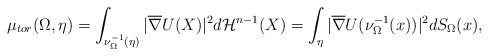
LaTeX: \begin{align*}\mu_{tor}(\Omega,\eta)=\int_{\nu^{-1}_{\Omega}(\eta)}|\overline{\nabla} U(X)|^2d\mathcal{H}^{n-1}(X)=\int_{\eta}|\overline{\nabla} U(\nu^{-1}_{\Omega}(x))|^2dS_{\Omega}(x),\end{align*}